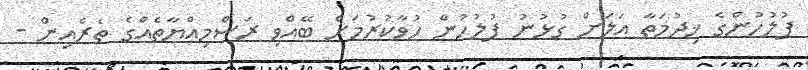
ފުލުހުންގެ ޚިދުމަތާ އަލަށް ގުޅުނު ފުލުހުން ހުވާކުރުމަށް ބޭއްވި ރަސްމިއްޔާތެއްގެ ތެރެއިން -